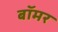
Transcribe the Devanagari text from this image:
बॉमर